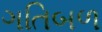
ગતિબળ